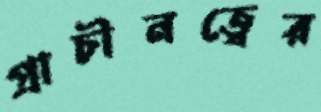
প্রাচীনত্বের